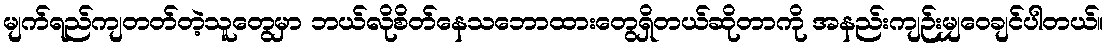
မျက်ရည်ကျတတ်တဲ့သူတွေမှာ ဘယ်လိုစိတ်နေသဘောထားတွေရှိတယ်ဆိုတာကို အနည်းကျဉ်းမျှဝေချင်ပါတယ်။